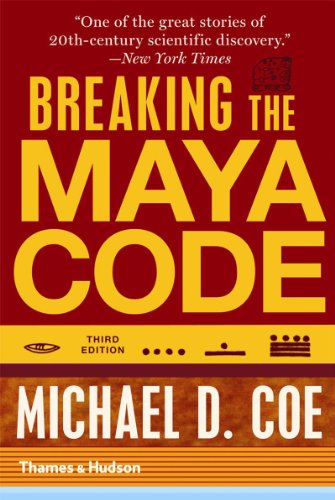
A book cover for Breaking the Maya Code (Third Edition); Michael D. Coe; History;